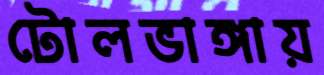
টোলভাঙ্গায়